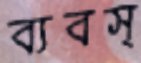
ব্যবস্